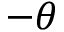
- \theta